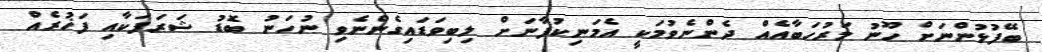
ބޭފުޅުންނަށް ހޫނު މަރުހަބާއެއް ދެންނެވުމަކީ އެމަނިކުފާނަށް ލިބިވަޑައިގެންނެވި ނުހަނު ބޮޑު ޝަރަފަކާއި ފަޚުރެއް